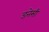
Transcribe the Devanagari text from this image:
डनेसी